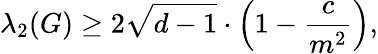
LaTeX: \lambda_{2}(G)\geq 2{\sqrt{d-1}}\cdot\left(1-{\frac{c}{m^{2}}}\right),